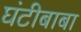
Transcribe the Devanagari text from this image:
घंटीबाबा